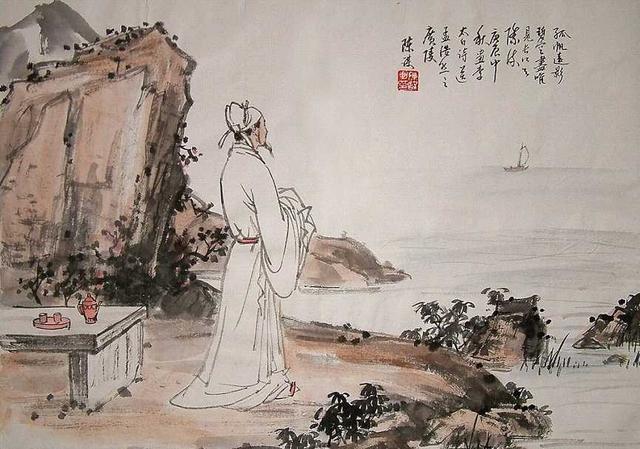
一生傲岸苦不谐，恩疏媒劳志多乖。